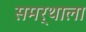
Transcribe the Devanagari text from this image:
समर्थाला